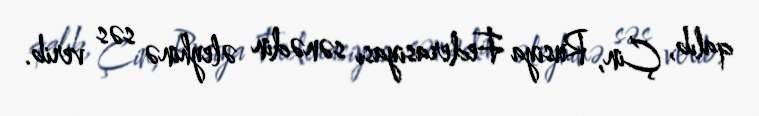
qalıb, Çin, Rusiya Federasiyası sənədin əleyhinə səs verib.